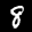
Label: 8